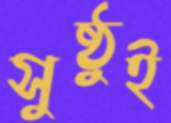
সুষ্ঠুই